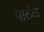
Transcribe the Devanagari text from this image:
पातंळ